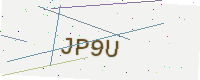
Text: JP9U